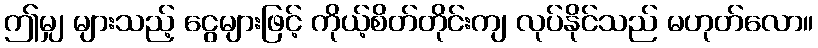
ဤမျှ များသည့် ငွေများဖြင့် ကိုယ့်စိတ်တိုင်းကျ လုပ်နိုင်သည် မဟုတ်လော။